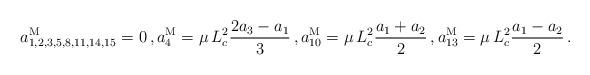
LaTeX: \begin{align*}a^{\rm M}_{1,2,3,5,8,11,14,15} &= 0 \, ,a^{\rm M}_{4} = \mu \, L_c^2 \frac{2a_3-a_1}{3} \, ,a^{\rm M}_{10} = \mu \, L_c^2 \frac{a_1 + a_2}{2} \, ,a^{\rm M}_{13} = \mu \, L_c^2 \frac{a_1 - a_2}{2}\, .\end{align*}